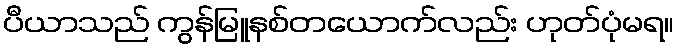
ပီယာသည် ကွန်မြူနစ်တယောက်လည်း ဟုတ်ပုံမရ။